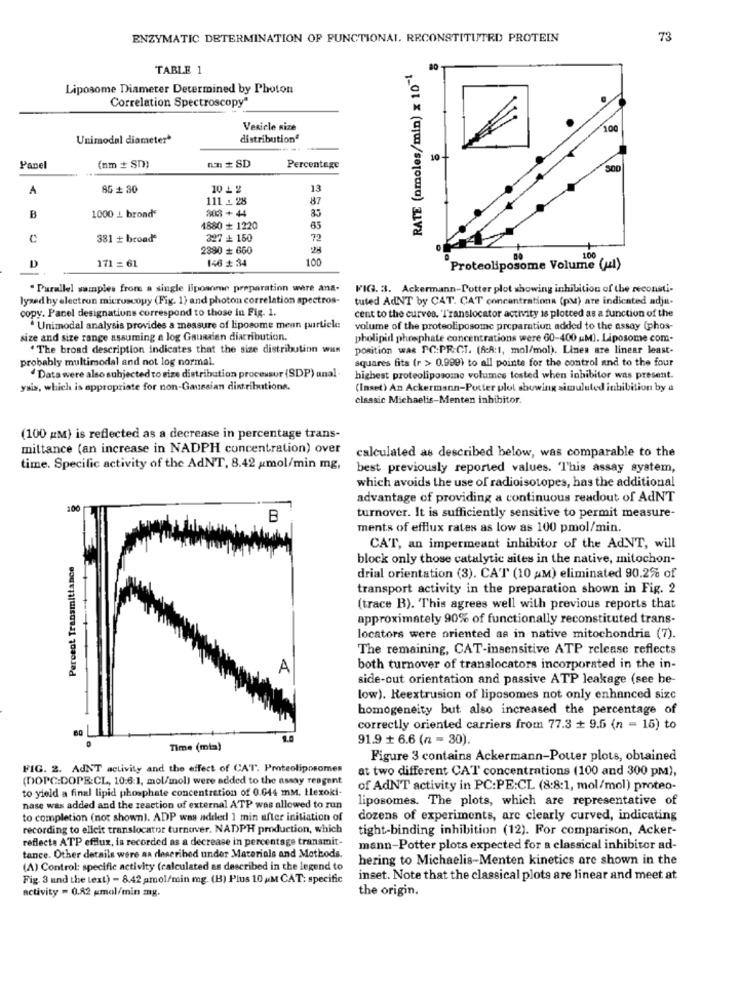
ENZYMATIC DETERMINATION OF FUNCTIONAL. RECONSTITUTED PROTEIN
73
TABLE 1
RATE (nmoles/min) x 10-1
80
Liposome Diameter Determined by Photon
Correlation Spectroscopy"
Vesicle size
100
Unimodal diameter*
distributionª
(nm + sm)
nm # SD
10
Panel
Percentage
A
85 # 30
10 - 2
13
111 1. 28
87
$03+ 44
B
1000 L brond
85
1880 + 1220
65
C
381 + broad
327 + 150
72
2390 # 660
146 # 34
100
D
171 = 61
Proteoliposome Volume (u1)
. Parallel samples from a single liposme preparation were ana-
FIG. 3. Ackermann-Potter plot showing inhibition of the reconsti-
lyzed hy electron microscopy (Fig. 1) and photon correlation spectros-
tuted AdNT by CAT. CAT concentrationa (pM) are indicated adjat-
copy. Panel designations correspond to those in Fig. 1.
cent to the curves. Translocator activity is plotted as a function of the
Unimodal analysis provides a measure of liposome mean partiele
volume of the proteoliposome preparation added to the essay (phos-
size and size range assuming a log Gausalen diatribution.
pholipid phosphate concentrations were 60-400 &M). Liposome com-
. The broad description indicates that the size distribution was
position was PC:PF:CT. (A:A:1, mol/mol). Lines are linear least-
probably multimodal and not log normal.
squares fits (r >> 0.999) to all pointe for the control and to the four
Data were also subjected to size distribution processor (SDP) anal -
highest proteoliposome volumes tested when inhibitor was present.
ysis, which is appropriate for non-Gaussian distributions.
(Inset) An Ackermann-Pucter plot showing simulated inhibition by a
classic Michaelis-Menten inhibitor.
(100 gM) is reflected as a decrease in percentage trans-
mittance (an increase in NADPH concentration) over
calculated as described below, was comparable to the
time. Specific activity of the AdNT, 8.42 xmol/min mg,
best previously reported values. "This assay system,
which avoids the use of radioisotopes, has the additional
advantage of providing a continuous readout of AdNT
100
B
turnover. It is sufficiently sensitive to permit measure-
ments of efflux rates as low as 100 pmol/min.
CAT, an impermeant inhibitor of the AdNT, will
Percent Transmittance
block only those catalytic sites in the native, mitochon-
drial orientation (3). CAT (10 AM) eliminated 90.2% of
transport activity in the preparation shown in Fig. 2
(trace R). "This agrees well with previous reports that
approximately 90% of functionally reconstituted trans-
locators were oriented as in native mitochondria (7).
The remaining, CAT-insensitive ATP release reflects
A
both turnover of translocators incorporated in the in-
side-out orientation and passive ATP leakage (see he-
low). Reextrusion of liposomes not only enhanced sizc
homogeneity but also increased the percentage of
correctly oriented carriers from 77.3 + 9.5 (n = 15) to
91.9 + 6.6 (n = 30).
Time (mia)
Figure 3 contains Ackermann-Potter plots, obtained
FIG. 2. AUNT activity and the effect of CAT. Proteoliposomen
at two different CAT concentrations (100 and 300 pm),
(DOPC:DOPE:CL, 10:6:1, mol/mol) were added to the nssay reagent
to yield a final lipid phosphate concentration of 0.044 mM. texoki-
of AdNT activity in PC:PE:CL (8:8:1, mol/mol) proteo-
liposomes. The plots, which are representative of
nase was added and the reaction of external ATP was allowed to run
to completion (not shown]. ADP was added 1 min after initiation of
dozens of experiments, are clearly curved, indicating
recording to elicit translocator turnover. NADPH production, which
tight-binding inhibition (12). For comparison, Acker-
reflecte ATP efflux, is recorded as a decrease in percentage transmit-
mann-Potter plots expected for a classical inhibitor ad-
tance. Other details were an described under Materials and Methods.
hering to Michaelis-Menten kinetics are shown in the
(A) Control: specific activity (calculated as described in the legend to
Fig. 3 und the text) - 8.42 amol/min mg. (B) Plus 10 AM CAT: specific
inset. Note that the classical plots are linear and meet at
activity = 0.82 gmol/min mg.
the origin.